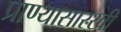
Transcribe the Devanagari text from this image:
प्राण्यासारखी